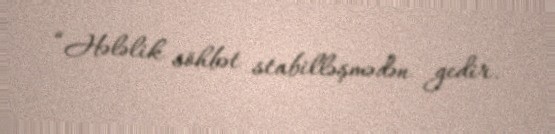
“Hələlik söhbət stabilləşmədən gedir.